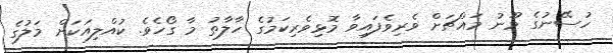
ހުސޭނުގެ މޫނު މައްޗަށް ވެރިވެފައިވާ މޮޅިވެރިކަމުގެ ހާލާތު މާ ގޯހެވެ. ކުއްލިއަކަށް މަލުގެ